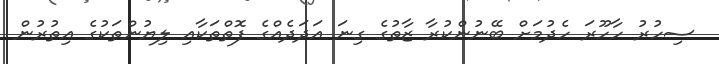
ސިހުރު ހާހޫރަ ހެދުމަށް ބޭނުންކުރާ ޒާތުގެ ގިނަ އަދަދެއްގެ ފޮތްތަކާއި ލިޔުންތަކުގެ އިތުރުން